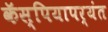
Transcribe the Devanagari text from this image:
कॅस्पियापर्यंत